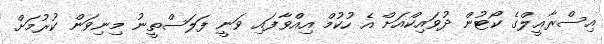
އިސްރާއީލްގެ ކޯޓުން ދުވައިކްއަށް އެ ހުކުމް އިއްވާފައި ވަނީ ފަލަސްތީނު މިނިވަން ކުރުމަށް